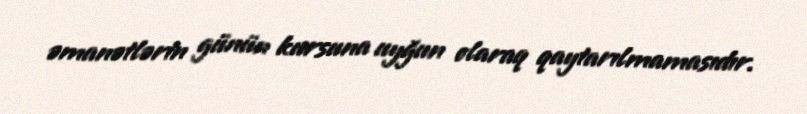
əmanətlərin günün kursuna uyğun olaraq qaytarılmamasıdır.